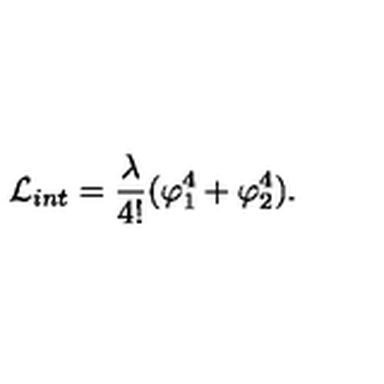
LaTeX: { \cal L } _ { i n t } = \frac { \lambda } { 4 ! } ( \varphi _ { 1 } ^ { 4 } + \varphi _ { 2 } ^ { 4 } ) .